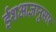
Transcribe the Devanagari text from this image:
ईशआज्ञानुसार